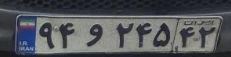
۹۴و۲۴۵۴۲